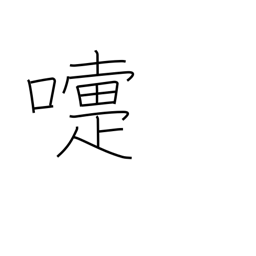
Meaning: sneeze